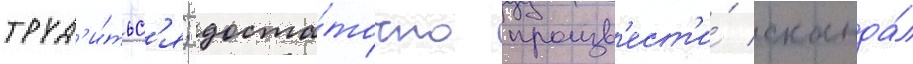
труд'и́тьс'я; доста́точно произв'ест'и́ сканда́л